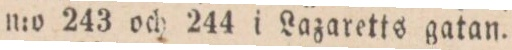
n:o 243 och 244 i Lazaretts gatan.